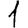
Digit: 1